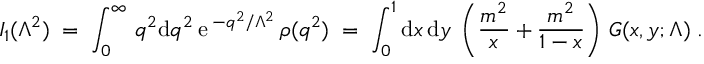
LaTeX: I _ { 1 } ( \Lambda ^ { 2 } ) \; = \; \int _ { 0 } ^ { \infty } \, q ^ { 2 } \mathrm { d } q ^ { 2 } \: \mathrm { e } \, ^ { - q ^ { 2 } / \Lambda ^ { 2 } } \, \rho ( q ^ { 2 } ) \; = \; \int _ { 0 } ^ { 1 } \mathrm { d } x \, \mathrm { d } y \; \left( \frac { m ^ { 2 } } { x } + \frac { m ^ { 2 } } { 1 - x } \right) \, G ( x , y ; \Lambda ) \; .